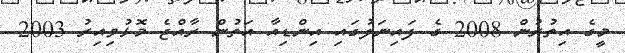
މީގެ އިތުރުން 2008 ގެ ފައިނަލުގައި އިންޑިއާ އަތުން ރާއްޖެ މޮޅުވިއިރު 2003